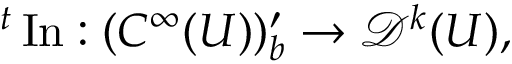
{ } ^ { t } \operatorname { I n } : ( C ^ { \infty } ( U ) ) _ { b } ^ { \prime } \to { \mathcal { D } } ^ { k } ( U ) ,